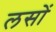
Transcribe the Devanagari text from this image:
लसों